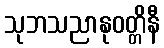
သုဘသညာနုဝတ္တိနီ